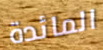
المائدة